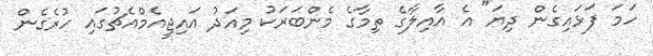
ހަމަ ފަޅައިގެން ދިޔަ" އެ އާއިލާގެ ތިމާގެ މެންބަރަކު މިއަދު އައިޖީއެމްއެޗުގައި ހުރެގެން